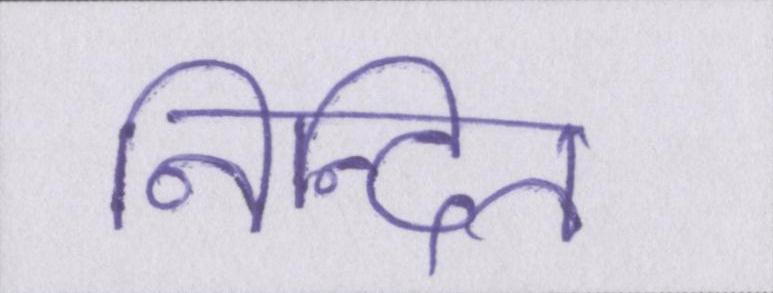
निन्दित